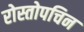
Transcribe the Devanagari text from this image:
रोस्तोपचिन